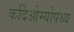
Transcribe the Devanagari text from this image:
कर्दिओम्योपथ्य